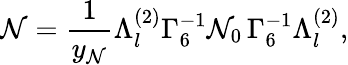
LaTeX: {\cal\mathcal{N}}=\frac{{1}}{{y_{\mathcal{N}}}}\Lambda_{l}^{(2)}\Gamma_{6}^{-1}{\cal\mathcal{N}}_{0}\, \Gamma_{6}^{-1}\Lambda_{l}^{(2)},